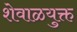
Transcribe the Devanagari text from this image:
शेवाळयुक्त